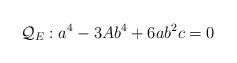
LaTeX: \begin{align*}\mathcal{Q}_E : a^4 - 3 A b^4 + 6 a b^2 c = 0\end{align*}